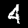
Digit: 4